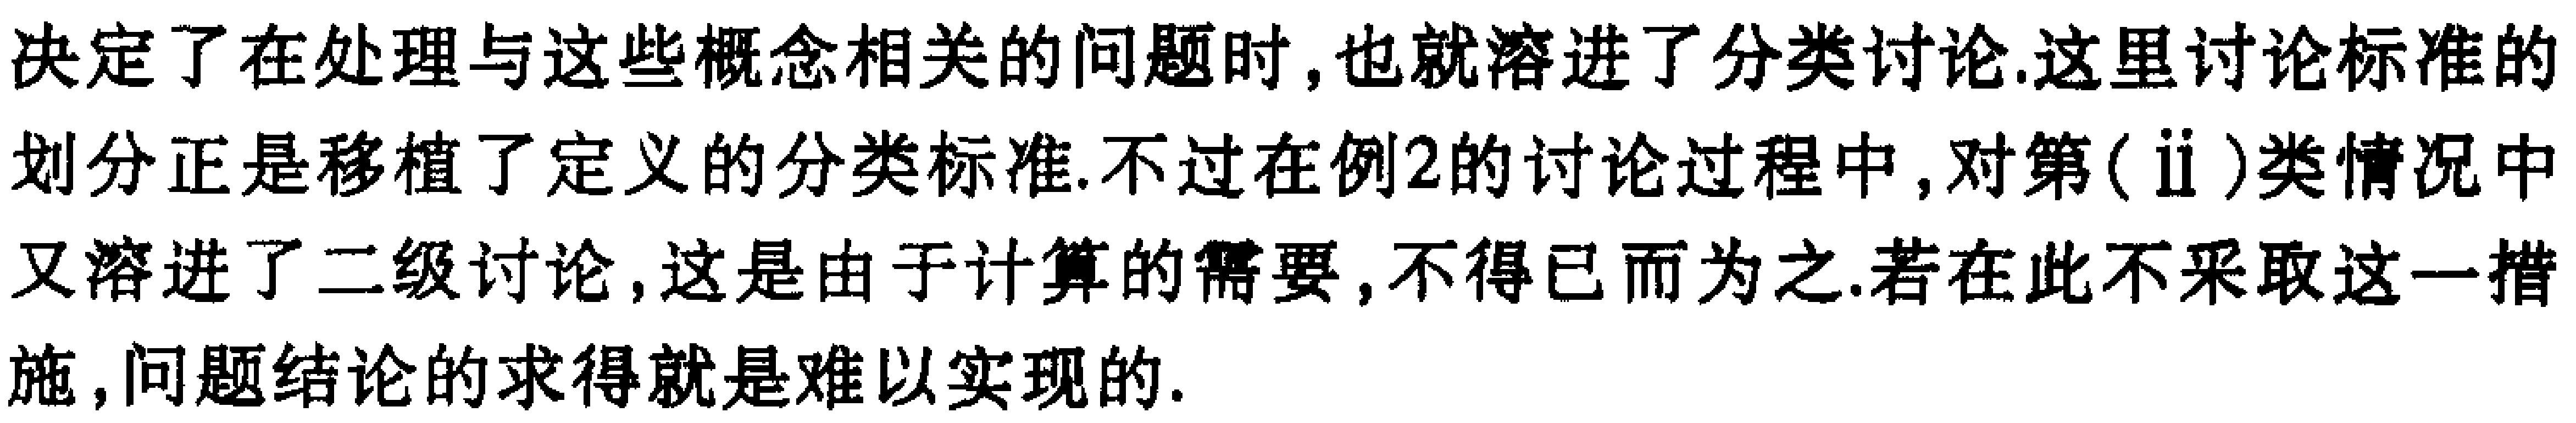
决定了在处理与这些概念相关的问题时,也就溶进了分类讨论.这里讨论标准的
划分正是移植了定义的分类标准.不过在例2的讨论过程中,对第(ⅱ)类情况中
又溶进了二级讨论,这是由于计算的需要,不得已而为之.若在此不采取这一措
施,问题结论的求得就是难以实现的.